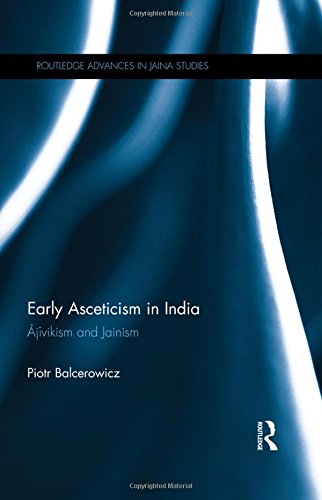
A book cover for Early Asceticism in India: Ajivikism and Jainism (Routledge Advances in Jaina Studies); Piotr Balcerowicz; Religion & Spirituality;